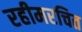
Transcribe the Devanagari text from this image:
रहीमरचित